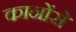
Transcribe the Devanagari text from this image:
कानोंसे